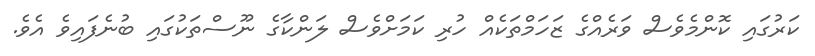
ކަރުގައި ކޮންމެވެސް ވަރެއްގެ ޒަހަމްތަކެއް ހުރި ކަމަށްވެސް ލަންކާގެ ނޫސްތަކުގައި ބުނެފައިވެ އެވެ.